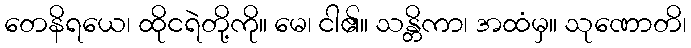
တေနိရယေ၊ ထိုငရဲတို့ကို။ မေ၊ ငါ၏။ သန္တိကာ၊ အထံမှ။ သုဏောတိ၊